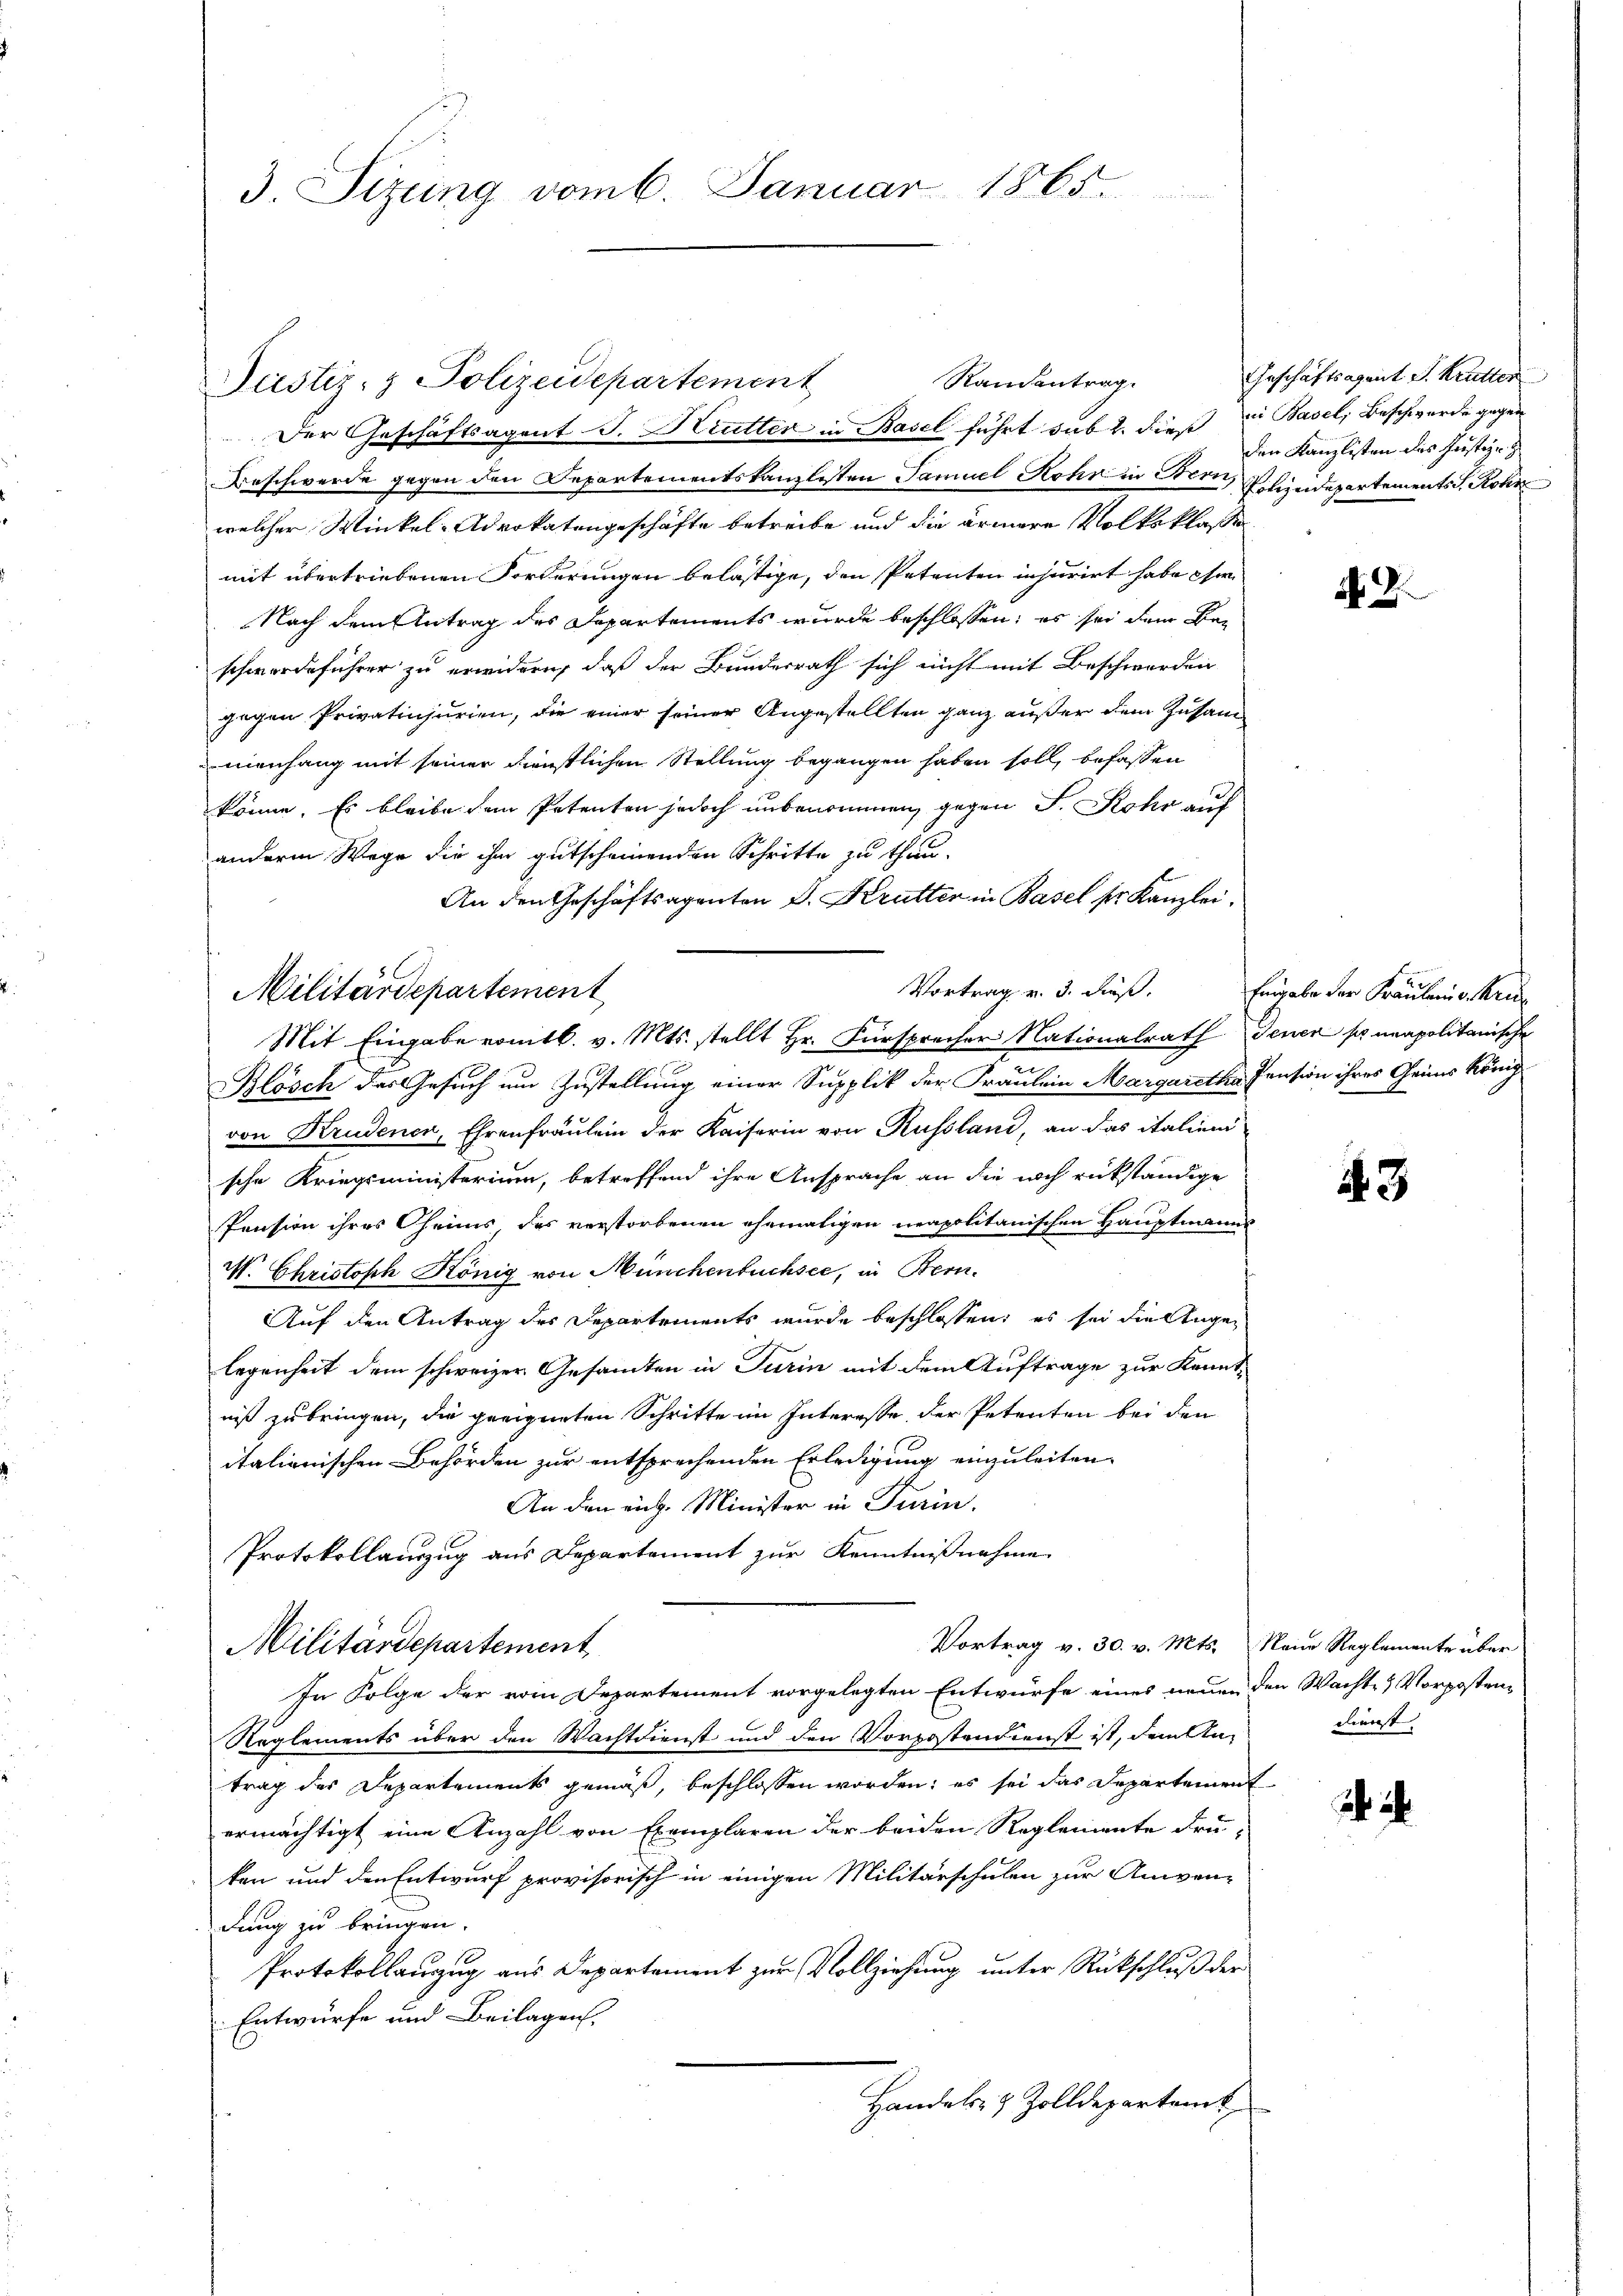
3. Sizung vom 6. Januar 1865.

Justiz- & Polizeidepartement
Der Geschäftsagent J. Krutter in Basel führt sub 2. dieß die Basel, Beschwerde gegen
Beschwerde gegen den Departementskanzlisten Samuel Rohr in Bern Polizeidepartements S. Rohr
welcher Winkel, Advokatengeschäfte betreibe und die ärmere Volksklasse
mit übertriebenen Forderungen belästige, den Petenten injurirt habe ihr
Nach dem Antrag des Departements wurde beschlossen; es sei dem Beschwerdeführer zu erwidern, daß der Bundesrath sich nicht mit Beschwerden
gegen Privatinjurien, die einer seiner Angestellten ganz außer dem Zusam
menhang mit seiner dienstlichen Stellung begangen haben soll, befassen
könne. Es bleibe dem Petenten jedoch unbenommen, gegen J. Rohr auf
anderm Wege die ihm gutscheinenden Schritte zu thun.
An den Geschäftsagenton D. Krutter in Basel ser Kanzlei.
Militärdepartement
Mit Eingabe vomtl. v. Mts. stellt Hr. Fürsprecher Nationalrath Jener so neapolitanische
Blösch des Gesuch um Zustellung einer Supplik der Fräulein Margaretha Pension ihres Geis König
von Krudenen, Ehrenfräulein der Kaiserin von Russland, an das italieni
sche Kriegsministerium, betreffend ihre Ansprache an die noch rükständige
Pension ihres Oheims des verstorbenen ehemaligen neapolitanischen Hauptmanns
W. Christoph König von Münchenbuchsee, in Bern.
Auf den Antrag des Departements wurde beschlossen; es sei die Angelegenheit dem schweizer Gesamten in Turin mit dem Auftrage zur Kennt-
niß zu bringen, die geeigneten Schritte im Interesse, der Petenten bei den
italienischen Behörden zur entsprechenden Erledigung einzuleiten
An den rich. Minister in Turin.
Protokollauszug aus Departement zur Kenntnißnahme
Vortrag v. 30. v. Mts. Neue Reglemente über
Militärdepartement
In Folge der vom Departement vorgelegten Entwürfe eines neuen den Wachte & Vorpostens
Reglements über den Wachtdienst und den Vorpostendienst ist, dem An-
trag des Departements gemäß, beschlossen worden; es sei das Departement
ermächtigt eine Anzahl von Exemplaren der beiden Reglemente dru-
ken und den Entwurf provisorisch in einigen Militärschulen zur Anven-
dung zu bringen.
Protokollauzug aus Departement zur Vollziehung unter Rückschluß der
Entwürfe und Beilagen.
Handels- & Zolldepartem

Randentrag.

Geschäftsagent. S. Krutter
den Kanzlisten des Justiz-

Vortrag v. 3. dieß. Eingabe der Brautenins Krie

N 2

3

dienst |